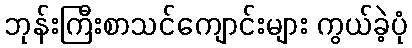
ဘုန်းကြီးစာသင်ကျောင်းများ ကွယ်ခဲ့ပုံ